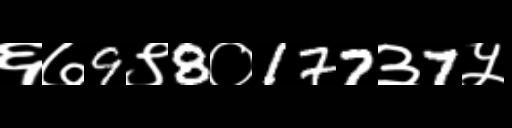
Text: ६७9९8०177३7५